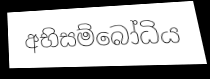
අභිසම්බෝධිය